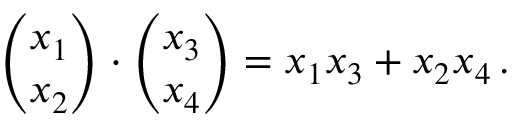
{ \binom { x _ { 1 } } { x _ { 2 } } } \cdot { \binom { x _ { 3 } } { x _ { 4 } } } = x _ { 1 } x _ { 3 } + x _ { 2 } x _ { 4 } \, .